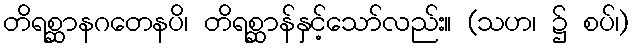
တိရစ္ဆာနဂတေနပိ၊ တိရစ္ဆာန်နှင့်သော်လည်း။ (သဟ၊ ၌ စပ်၊)